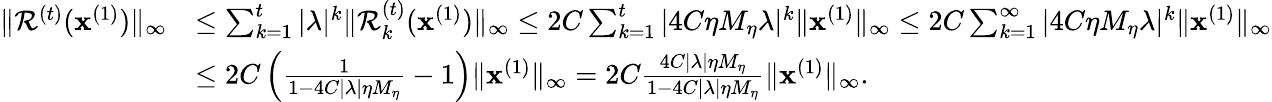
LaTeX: \begin{array}{rl}{\| \mathcal{R}^{(t)}(\mathbf{x}^{(1)})\| _{\infty}}&{\leq\sum_{k=1}^{t}|\lambda|^{k}\| \mathcal{R}_{k}^{(t)}(\mathbf{x}^{(1)})\| _{\infty}\leq 2C\sum_{k=1}^{t}|4C\eta M_{\eta}\lambda|^{k}\| \mathbf{x}^{(1)}\| _{\infty}\leq 2C\sum_{k=1}^{\infty}|4C\eta M_{\eta}\lambda|^{k}\| \mathbf{x}^{(1)}\| _{\infty}}\\ &{\leq 2C\left(\frac{1}{1-4C|\lambda|\eta M_{\eta}}-1\right)\| \mathbf{x}^{(1)}\| _{\infty}=2C\frac{4C|\lambda|\eta M_{\eta}}{1-4C|\lambda|\eta M_{\eta}}\| \mathbf{x}^{(1)}\| _{\infty}.}\end{array}